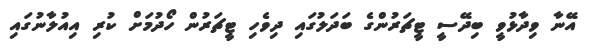
އޭނާ ވިދާޅުވީ ބިދޭސީ ޓީޗަރުންގެ ބަދަލުގައި ދިވެހި ޓީޗަރުން ހޯދުމަށް ކުރި އިއުލާނުގައި